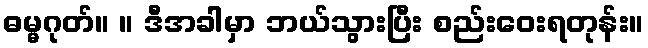
ဓမ္မဂုတ်။ ။ ဒီအခါမှာ ဘယ်သွားပြီး စည်းဝေးရတုန်း။